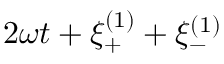
2 \omega t + \xi _ { + } ^ { ( 1 ) } + \xi _ { - } ^ { ( 1 ) }